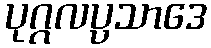
ပုဂ္ဂလပ္ပသာဒေ